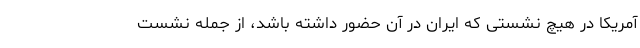
آمریکا در هیچ نشستی که ایران در آن حضور داشته باشد، از جمله نشست